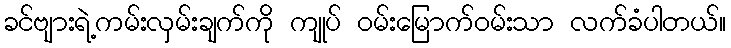
ခင်ဗျားရဲ့ကမ်းလှမ်းချက်ကို ကျုပ် ဝမ်းမြောက်ဝမ်းသာ လက်ခံပါတယ်။